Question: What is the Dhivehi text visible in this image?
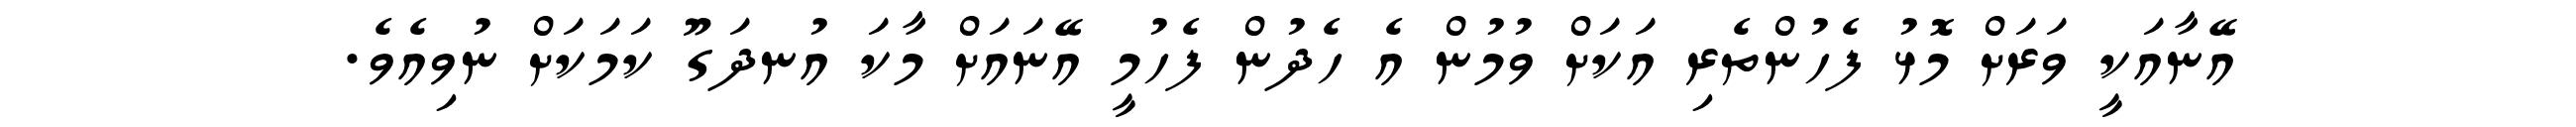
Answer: އޭނާއަކީ ވަރަށް މޮޅު ފެހުންތެރި އަކަށް ވުމުން އެ ހެދުން ފެހުމީ އޭނައަށް މާކަ އުނދަގޫ ކަމަކަށް ނުވިއެވެ.